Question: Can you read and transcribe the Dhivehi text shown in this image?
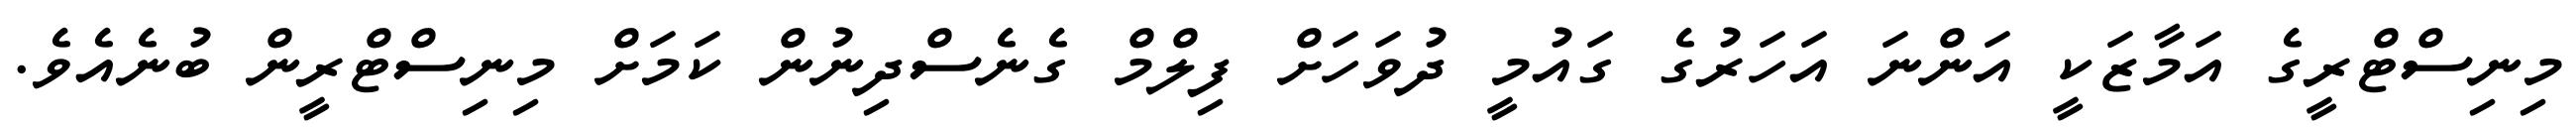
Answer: މިނިސްޓްރީގެ އަމާޒަކީ އަންނަ އަހަރުގެ ގައުމީ ދުވަހަށް ފިލްމް ގެނެސްދިނުން ކަމަށް މިނިސްޓްރީން ބުނެއެވެ.